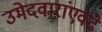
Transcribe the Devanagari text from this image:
उमेदवारांएवढे